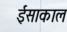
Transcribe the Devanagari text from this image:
ईसाकाल